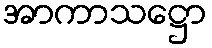
အာကာသဋ္ဌော